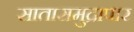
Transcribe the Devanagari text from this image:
सातासमुद्रापार